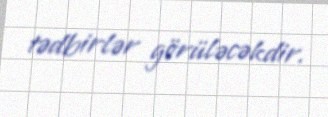
tədbirlər görüləcəkdir.